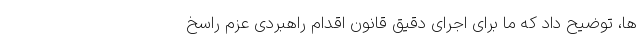
ها، توضیح داد که ما برای اجرای دقیق قانون اقدام راهبردی عزم راسخ